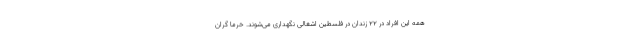
همه این افراد در ۲۲ زندان در فلسطین اشغالی نگهداری می‌شوند. خرما گران